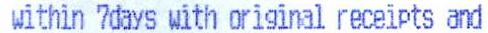
WITHIN 7DAYS WITH ORIGINAL RECEIPTS AND